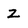
Character: z